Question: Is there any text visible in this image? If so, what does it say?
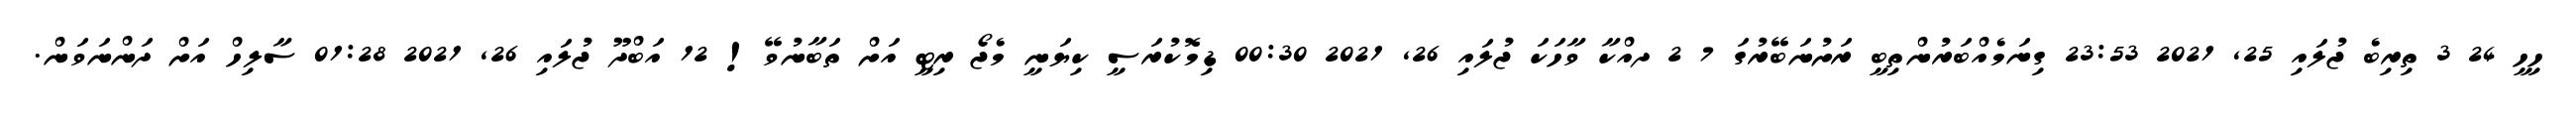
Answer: ހިހީ 24 3 ތިރިބެ ޖުލައި 25, 2021 23:53 ގިނަމެއްބަރުންތިބީ ރަށުނަބޭރުގަ 7 2 ދއްކާ ވާހަކަ ޖުލައި 26, 2021 00:30 ޑިމޮކުރަސީ ކިޔަނީ މެޖޯ ރިޓީ އަށް ތަބާނުވޭ! 12 އަބްދޫ ޖުލައި 26, 2021 01:28 ސާލިހް އަށް ދަންނަވަން.